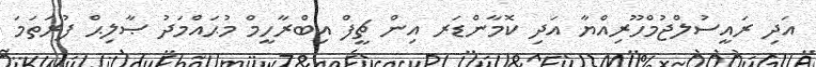
އަދި ރައީސުލްޖުމްހޫރިއްޔާ އަދި ކޮމާންޑަރ އިން ޗީފް އިބްރާހީމް މުޙައްމަދު ޞާލިޙް ފުރަތަމަ